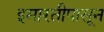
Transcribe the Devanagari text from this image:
इमारतीपासून